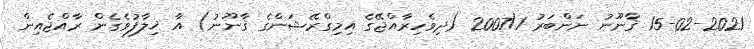
15-02-2021 ޤާނޫނު ނަންބަރު 2007/1 (ދިވެހިރާއްޖޭގެ އިމިގްރޭޝަންގެ ޤާނޫނު) އާ ޚިލާފުވެގެން ރާއްޖެއިން